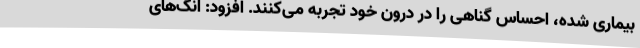
بیماری شده، احساس گناهی را در درون خود تجربه می‌کنند. افزود: انگ‌های